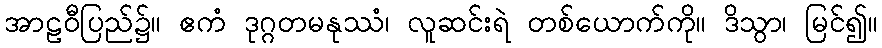
အာဠဝီပြည်၌။ ဧကံ ဒုဂ္ဂတမနုဿံ၊ လူဆင်းရဲ တစ်ယောက်ကို။ ဒိသွာ၊ မြင်၍။